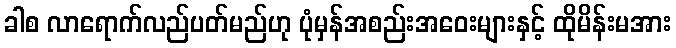
ခါစ လာရောက်လည်ပတ်မည်ဟု ပုံမှန်အစည်းအဝေးများနှင့် ထိုမိန်းမအား